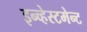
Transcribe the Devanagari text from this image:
इन्व्हेस्टमेन्ट